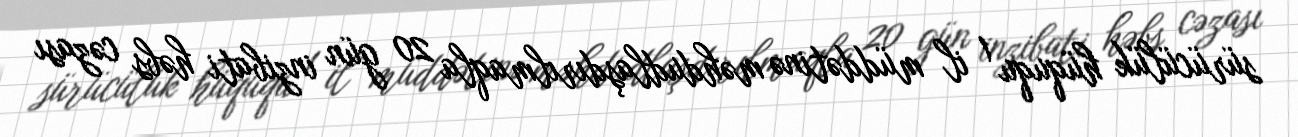
sürücülük hüququ 1 il müddətinə məhdudlaşdırılmaqla 20 gün inzibati həbs cəzası